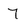
Character: 7